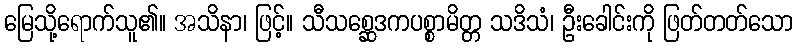
မြေသို့ရောက်သူ၏။ အသိနာ၊ ဖြင့်။ သီသစ္ဆေဒကပစ္စာမိတ္တ သဒိသံ၊ ဦးခေါင်းကို ဖြတ်တတ်သော